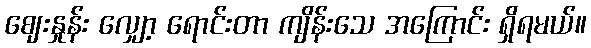
ဈေးနှုန်း လျှော့ ရောင်းတာ ကျိန်းသေ အကြောင်း ရှိရမယ်။